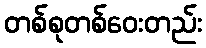
တစ်စုတစ်ဝေးတည်း